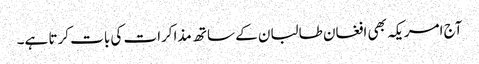
آج امریکہ بھی افغان طالبان کے ساتھ مذاکرات کی بات کرتا ہے۔